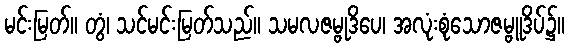
မင်းမြတ်။ တွံ၊ သင်မင်းမြတ်သည်။ သမလဇမ္ဗုဒိပေ၊ အလုံးစုံသောဇမ္ဗူဒိပ်၌။